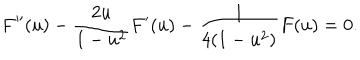
F ^ { \prime \prime } ( u ) - \frac { 2 u } { 1 - u ^ { 2 } } F ^ { \prime } ( u ) - \frac { 1 } { 4 ( 1 - u ^ { 2 } ) } F ( u ) = 0 .